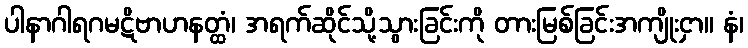
ပါနာဂါရဂမဋိဗာဟနတ္ထံ၊ အရက်ဆိုင်သို့သွားခြင်းကို တားမြစ်ခြင်းအကျိုးငှာ။ နံ၊